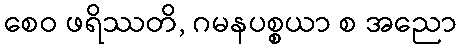
စေဝ ဖရိဿတိ, ဂမနပစ္စယာ စ အညော